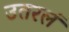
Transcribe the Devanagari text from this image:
उतरलं